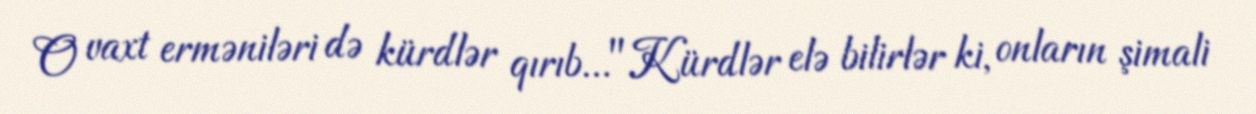
O vaxt erməniləri də kürdlər qırıb..."Kürdlər elə bilirlər ki, onların şimali